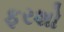
ફરશો